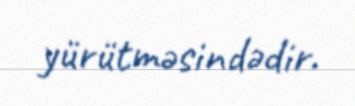
yürütməsindədir.